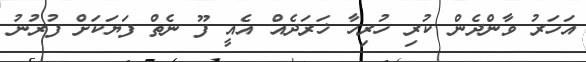
އަހަރު ވާންދެން ކުރި ހުރިހާ ޚަރަދެއް އެއީ ފޫ ނެތް ފަޔަކަށް ފުރުނު